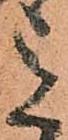
意